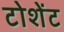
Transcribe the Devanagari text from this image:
टोशेंट